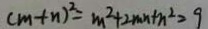
( m + n ) ^ { 2 } = m ^ { 2 } + 2 m n + n ^ { 2 } = 9